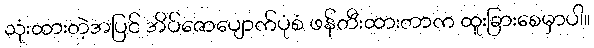
သုံးထားတဲ့အပြင် အိပ်ဇောပျောက်ပုံစံ ဖန်တီးထားတာက ထူးခြားစေမှာပါ။